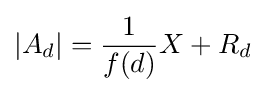
\left\vert A_{d}\right\vert ={\frac {1}{f(d)}}X+R_{d}